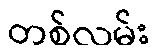
တစ်လမ်း